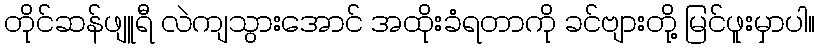
တိုင်ဆန်ဖျူရီ လဲကျသွားအောင် အထိုးခံရတာကို ခင်ဗျားတို့ မြင်ဖူးမှာပါ။